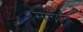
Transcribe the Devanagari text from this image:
मर्लोनी